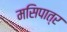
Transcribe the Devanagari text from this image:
मसिपात्र